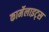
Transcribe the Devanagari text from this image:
कार्मेलाइट्स